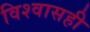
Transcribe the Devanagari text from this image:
विश्वासही